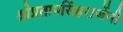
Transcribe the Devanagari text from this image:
श्रीप्रतापसिंहराजेंनी